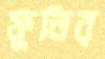
ফুলির